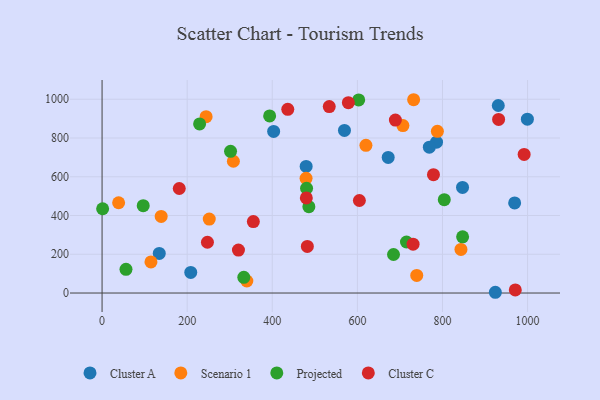
{"axis": {"x": "Price", "y": "Sales"}, "legend": ["Cluster A", "Cluster C", "Projected", "Scenario 1"], "data": [{"x": "208.4", "y": 106.2, "type": "Cluster A"}, {"x": "999.5", "y": 897.1, "type": "Cluster A"}, {"x": "134.4", "y": 204.5, "type": "Cluster A"}, {"x": "924.2", "y": 3.9, "type": "Cluster A"}, {"x": "569.6", "y": 839.1, "type": "Cluster A"}, {"x": "931.1", "y": 967.6, "type": "Cluster A"}, {"x": "847.1", "y": 545.1, "type": "Cluster A"}, {"x": "786.0", "y": 778.7, "type": "Cluster A"}, {"x": "769.1", "y": 752.4, "type": "Cluster A"}, {"x": "479.6", "y": 653.5, "type": "Cluster A"}, {"x": "672.4", "y": 700.0, "type": "Cluster A"}, {"x": "969.6", "y": 464.9, "type": "Cluster A"}, {"x": "403.2", "y": 834.0, "type": "Cluster A"}, {"x": "843.4", "y": 225.2, "type": "Scenario 1"}, {"x": "244.5", "y": 909.9, "type": "Scenario 1"}, {"x": "138.9", "y": 395.4, "type": "Scenario 1"}, {"x": "479.4", "y": 592.1, "type": "Scenario 1"}, {"x": "251.9", "y": 381.4, "type": "Scenario 1"}, {"x": "707.0", "y": 864.2, "type": "Scenario 1"}, {"x": "340.2", "y": 62.1, "type": "Scenario 1"}, {"x": "788.0", "y": 834.4, "type": "Scenario 1"}, {"x": "732.2", "y": 997.5, "type": "Scenario 1"}, {"x": "308.6", "y": 679.9, "type": "Scenario 1"}, {"x": "620.1", "y": 762.2, "type": "Scenario 1"}, {"x": "114.9", "y": 160.7, "type": "Scenario 1"}, {"x": "739.5", "y": 91.1, "type": "Scenario 1"}, {"x": "38.9", "y": 465.9, "type": "Scenario 1"}, {"x": "684.9", "y": 198.8, "type": "Projected"}, {"x": "603.1", "y": 996.4, "type": "Projected"}, {"x": "486.0", "y": 445.6, "type": "Projected"}, {"x": "847.3", "y": 289.9, "type": "Projected"}, {"x": "393.8", "y": 913.7, "type": "Projected"}, {"x": "301.9", "y": 731.1, "type": "Projected"}, {"x": "804.2", "y": 481.8, "type": "Projected"}, {"x": "56.2", "y": 122.2, "type": "Projected"}, {"x": "480.6", "y": 540.6, "type": "Projected"}, {"x": "1.3", "y": 435.0, "type": "Projected"}, {"x": "333.1", "y": 81.0, "type": "Projected"}, {"x": "715.4", "y": 263.3, "type": "Projected"}, {"x": "229.2", "y": 872.5, "type": "Projected"}, {"x": "96.7", "y": 450.6, "type": "Projected"}, {"x": "604.7", "y": 477.4, "type": "Cluster C"}, {"x": "533.9", "y": 962.2, "type": "Cluster C"}, {"x": "181.4", "y": 539.3, "type": "Cluster C"}, {"x": "991.9", "y": 715.1, "type": "Cluster C"}, {"x": "971.1", "y": 16.2, "type": "Cluster C"}, {"x": "578.8", "y": 982.2, "type": "Cluster C"}, {"x": "689.3", "y": 892.3, "type": "Cluster C"}, {"x": "436.4", "y": 947.9, "type": "Cluster C"}, {"x": "482.4", "y": 240.3, "type": "Cluster C"}, {"x": "730.9", "y": 252.2, "type": "Cluster C"}, {"x": "778.8", "y": 610.7, "type": "Cluster C"}, {"x": "355.5", "y": 368.6, "type": "Cluster C"}, {"x": "320.5", "y": 221.9, "type": "Cluster C"}, {"x": "480.0", "y": 491.0, "type": "Cluster C"}, {"x": "247.6", "y": 262.0, "type": "Cluster C"}, {"x": "931.9", "y": 896.0, "type": "Cluster C"}]}